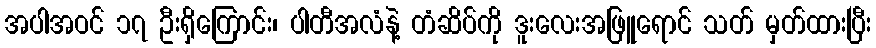
အပါအဝင် ၁၇ ဦးရှိကြောင်း၊ ပါတီအလံနဲ့ တံဆိပ်ကို ဒူးလေးအဖြူရောင် သတ် မှတ်ထားပြီး